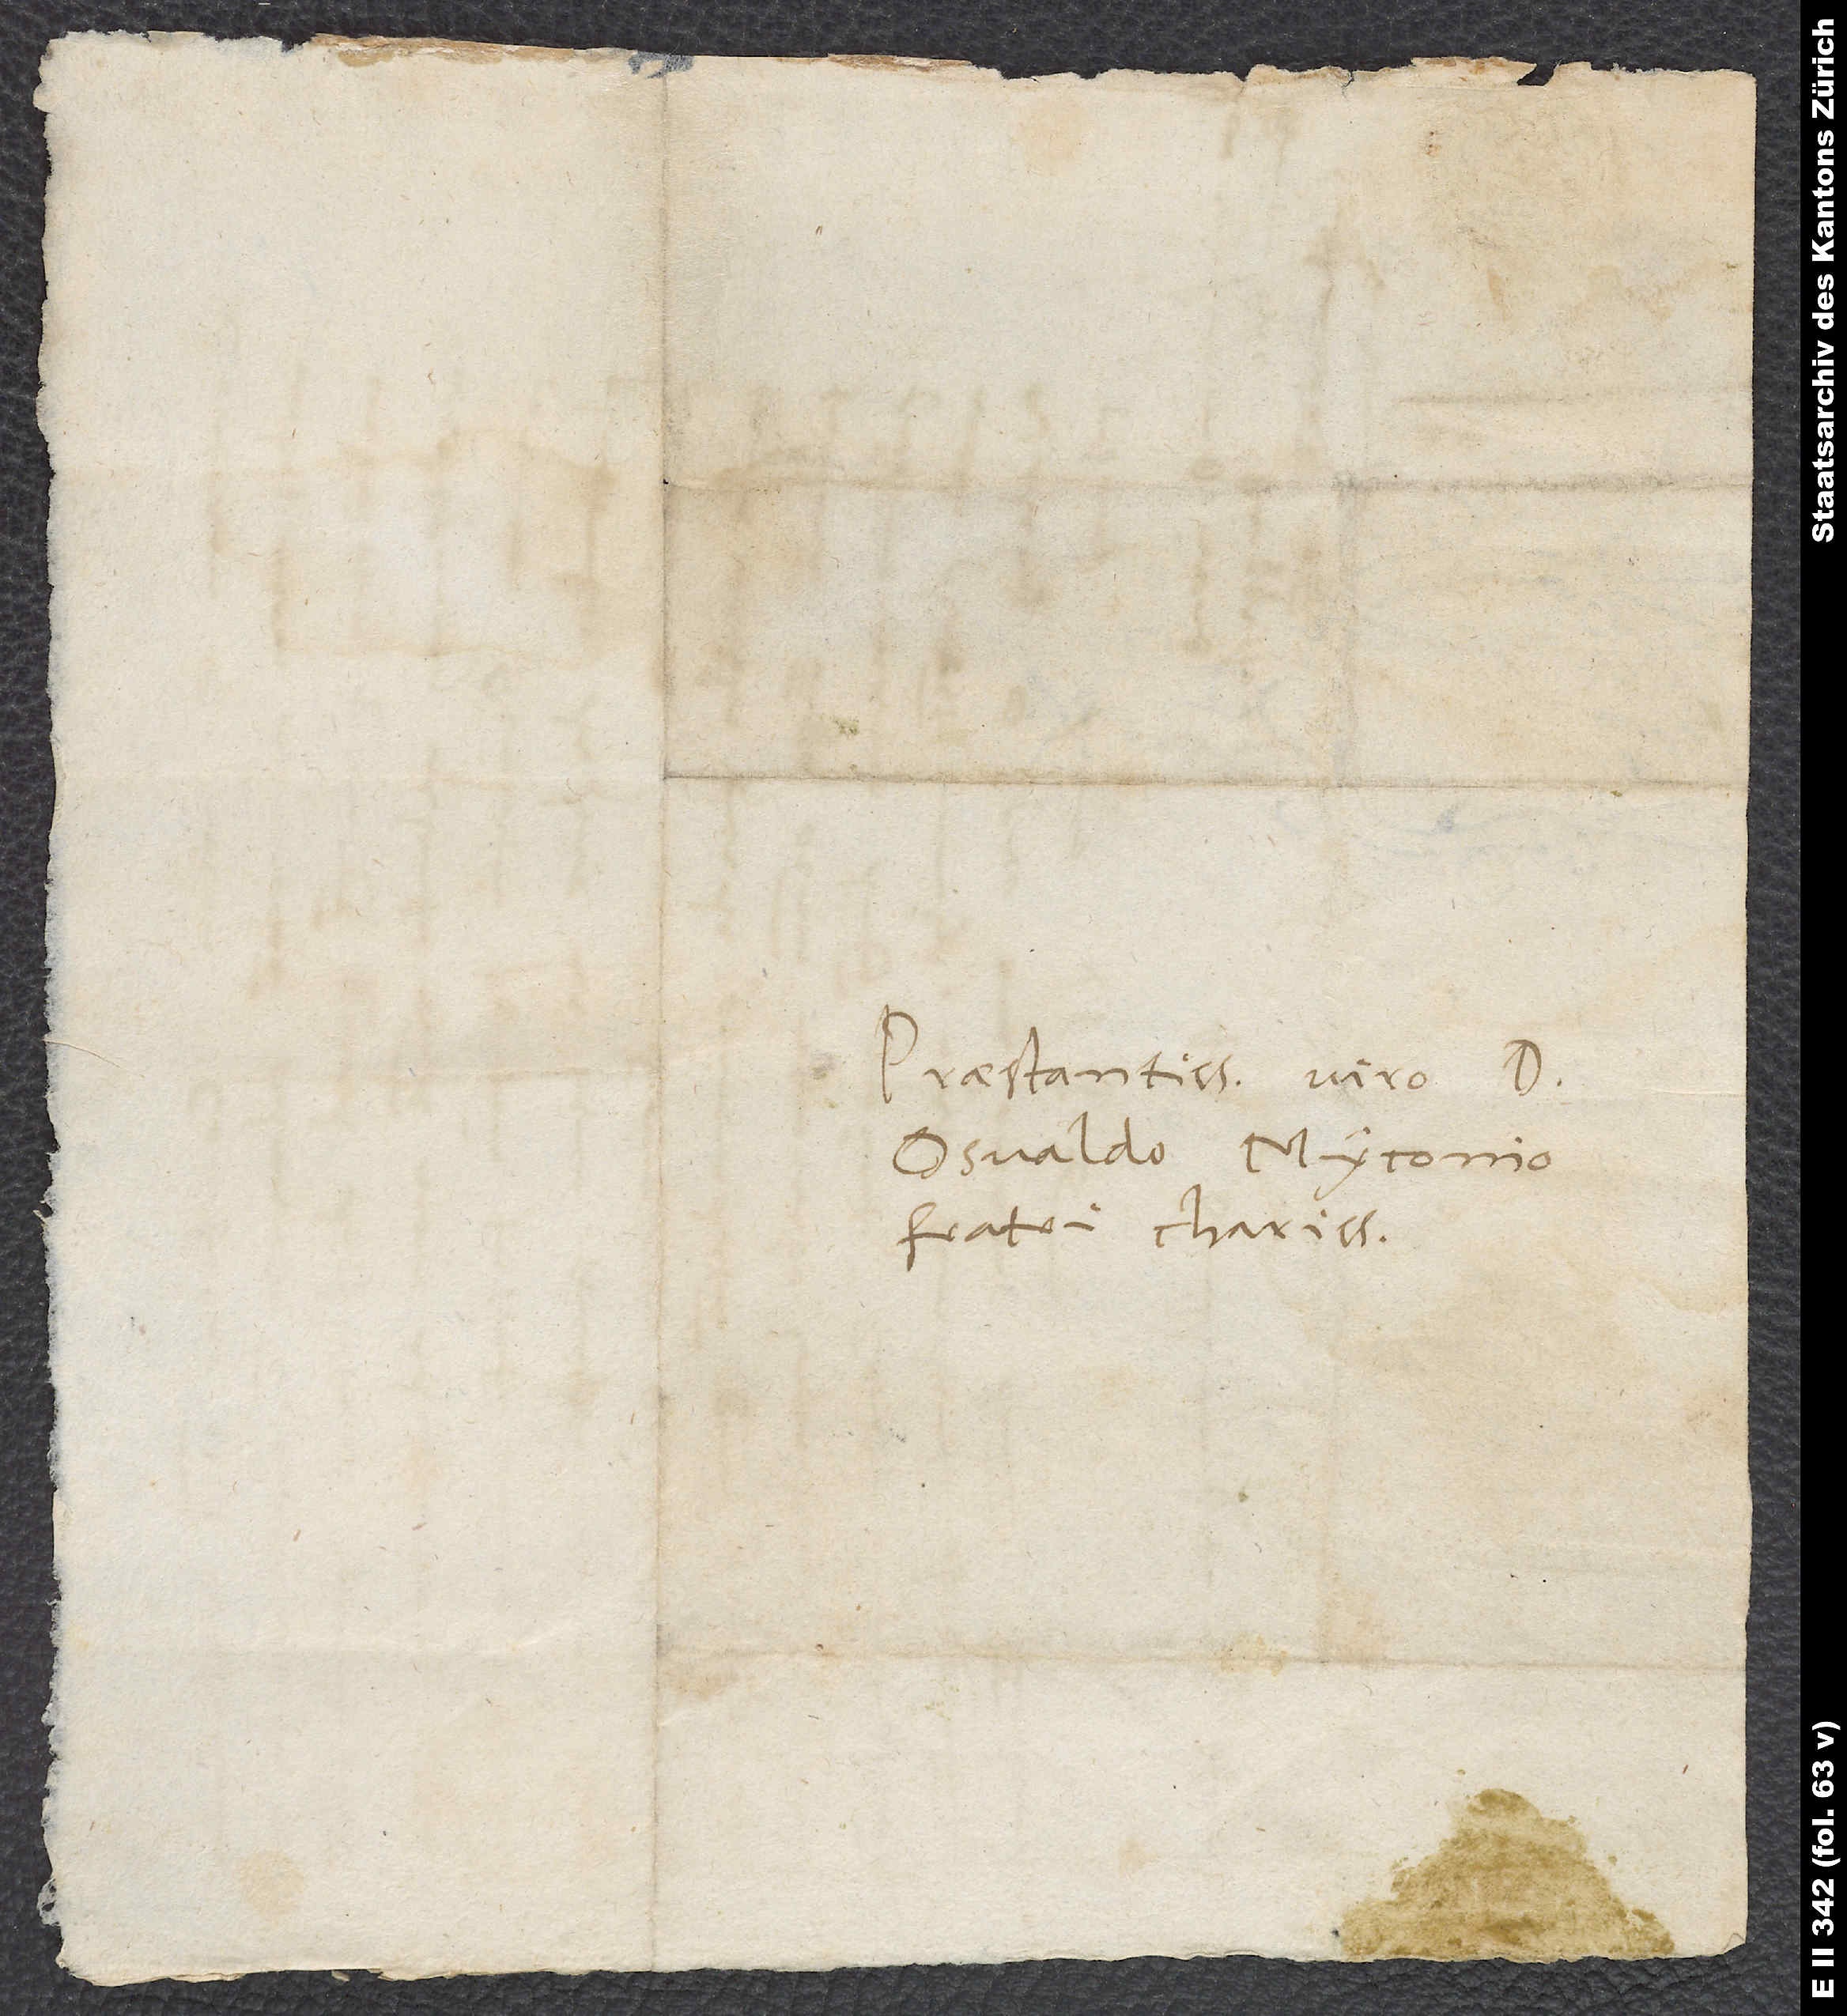
Praestantissimo viro d.
Osvaldo Myconio,
fratri charissimo.